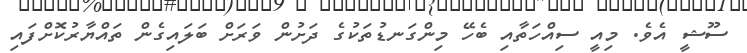
ސޫޝީ އެވެ. މިއީ ސިއްހަތާއި ބެހޭ މިންގަނޑުތަކުގެ ދަށުން ވަރަށް ބަލައިގެން ތައްޔާރުކޮށްފައި